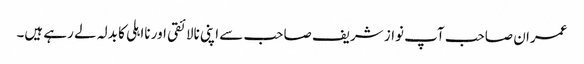
عمران صاحب آپ نواز شریف صاحب سے اپنی نالائقی اور نااہلی کا بدلہ لے رہے ہیں۔